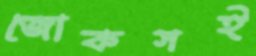
জোকসই